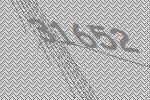
31652